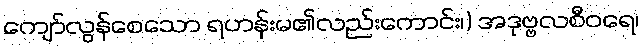
ကျော်လွန်စေသော ရဟန်းမ၏လည်းကောင်း၊) အဒုဗ္ဗလစီဝရေ၊